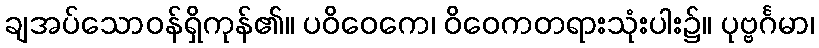
ချအပ်သောဝန်ရှိကုန်၏။ ပဝိဝေကေ၊ ဝိဝေကတရားသုံးပါး၌။ ပုဗ္ဗင်္ဂမာ၊